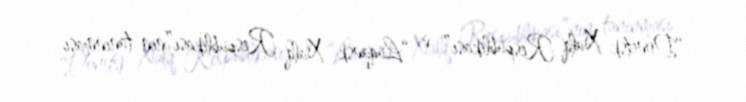
“Donetsk Xalq Respublikası” və “Luqansk Xalq Respublikası”nın tanınması